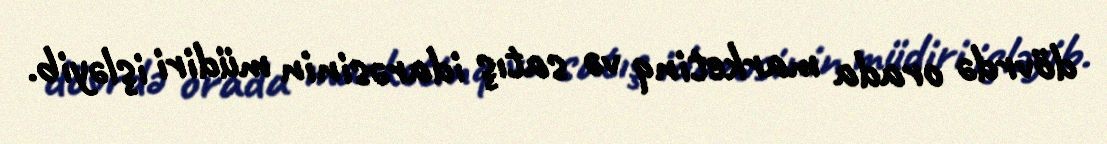
dövrdə orada marketinq və satış idarəsinin müdiri işləyib.